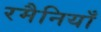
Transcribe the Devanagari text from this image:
रमैनियाँ